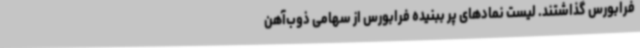
فرابورس گذاشتند. لیست نمادهای پر ببنیده فرابورس از سهامی ذوب‌آهن